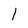
Character: l